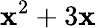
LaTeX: \mathbf{x}^{2}+3\mathbf{x}